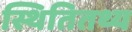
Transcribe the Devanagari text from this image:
स्थितितथ्य